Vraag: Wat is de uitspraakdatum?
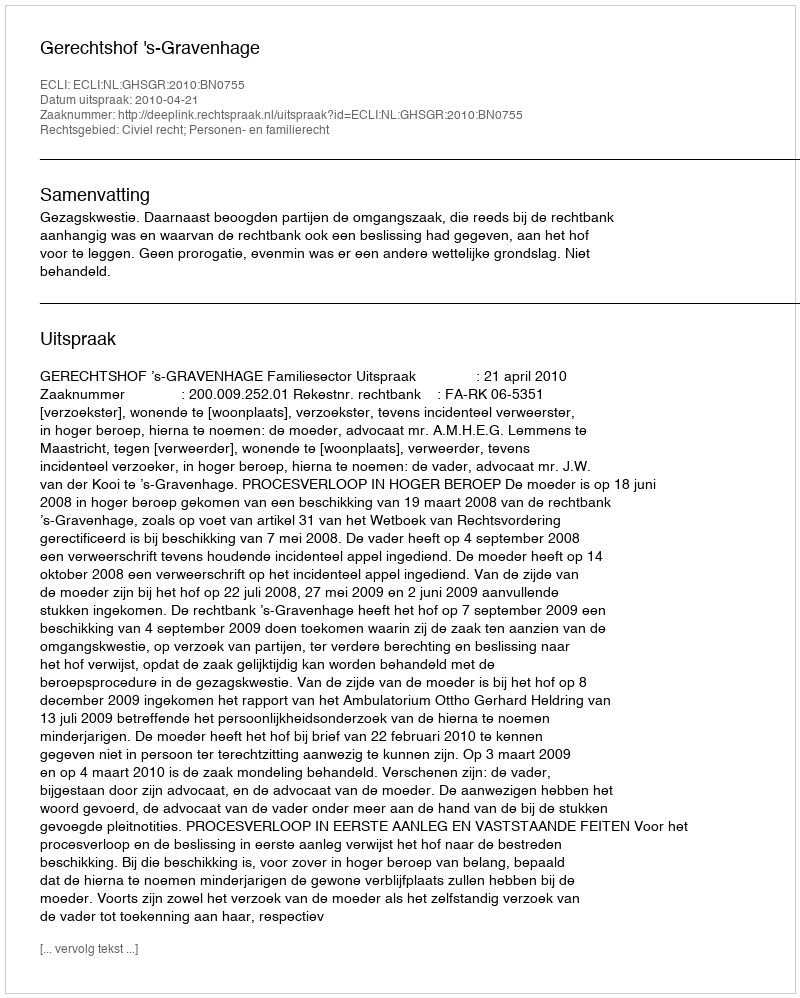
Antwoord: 2010-04-21